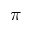
\pi